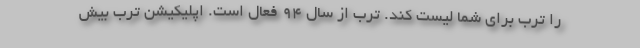
را ترب برای شما لیست کند. ترب از سال ۹۴ فعال است. اپلیکیشن ترب بیش